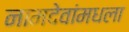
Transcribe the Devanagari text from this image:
नामदेवांमधला